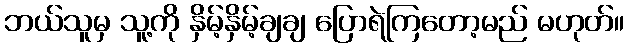
ဘယ်သူမှ သူ့ကို နှိမ့်နှိမ့်ချချ ပြောရဲကြတော့မည် မဟုတ်။